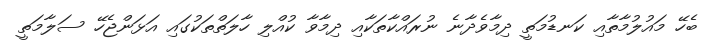
ބެހޭ މައުލުމާތާއި ކަނޑުމަތީ ދިމާވެދާނެ ނުރައްކާތަކާއި ދިމާވާ ކުއްލި ހާލަތްތަކުގައި އަޅަންޖެހޭ ސަލާމަތީ